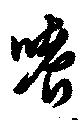
嗜